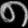
Digit: ၈